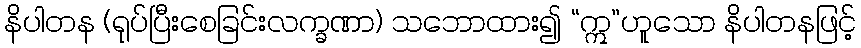
နိပါတန (ရုပ်ပြီးစေခြင်းလက္ခဏာ) သဘောထား၍ “ဣ”ဟူသော နိပါတနဖြင့်